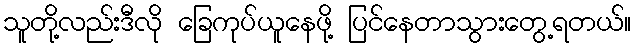
သူတို့လည်းဒီလို ခြေကုပ်ယူနေဖို့ ပြင်နေတာသွားတွေ့ရတယ်။